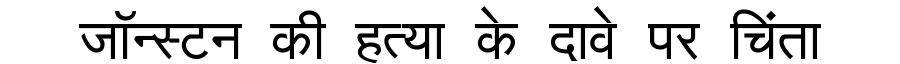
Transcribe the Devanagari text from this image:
जॉन्स्टन की हत्या के दावे पर चिंता